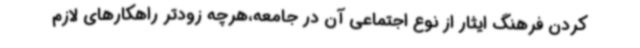
کردن فرهنگ ایثار از نوع اجتماعی آن در جامعه،هرچه زودتر راهکارهای لازم